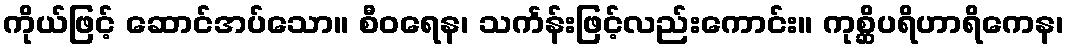
ကိုယ်ဖြင့် ဆောင်အပ်သော။ စီဝရေန၊ သင်္ကန်းဖြင့်လည်းကောင်း။ ကုစ္ဆိပရိဟာရိကေန၊